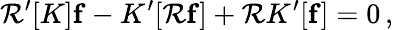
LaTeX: {\cal R}^{\prime}[K]{\mathbf f}-K^{\prime}[{\cal R}{\mathbf f}]+{\cal R}K^{\prime}[{\mathbf f}]=0\, ,